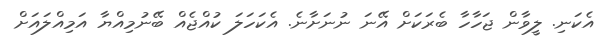
އެކަނި. ލީވާން ޖަހާހާ ބެރަކަށް އޭނަ ނުނަށާނެ. އެކަހަލަ ކުއްޖެއް ބޭނުމިއްޔާ އަމިއްލައަށް